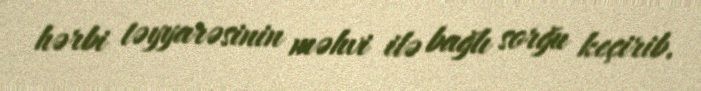
hərbi təyyarəsinin məhvi ilə bağlı sorğu keçirib.